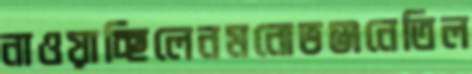
নাওয়াচ্ছিলেনমনোভঞ্জনেতিল